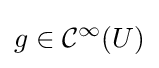
g\in {\mathcal {C}}^{\infty }(U)